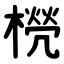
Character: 橩